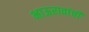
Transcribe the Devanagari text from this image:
भाऊरावांची